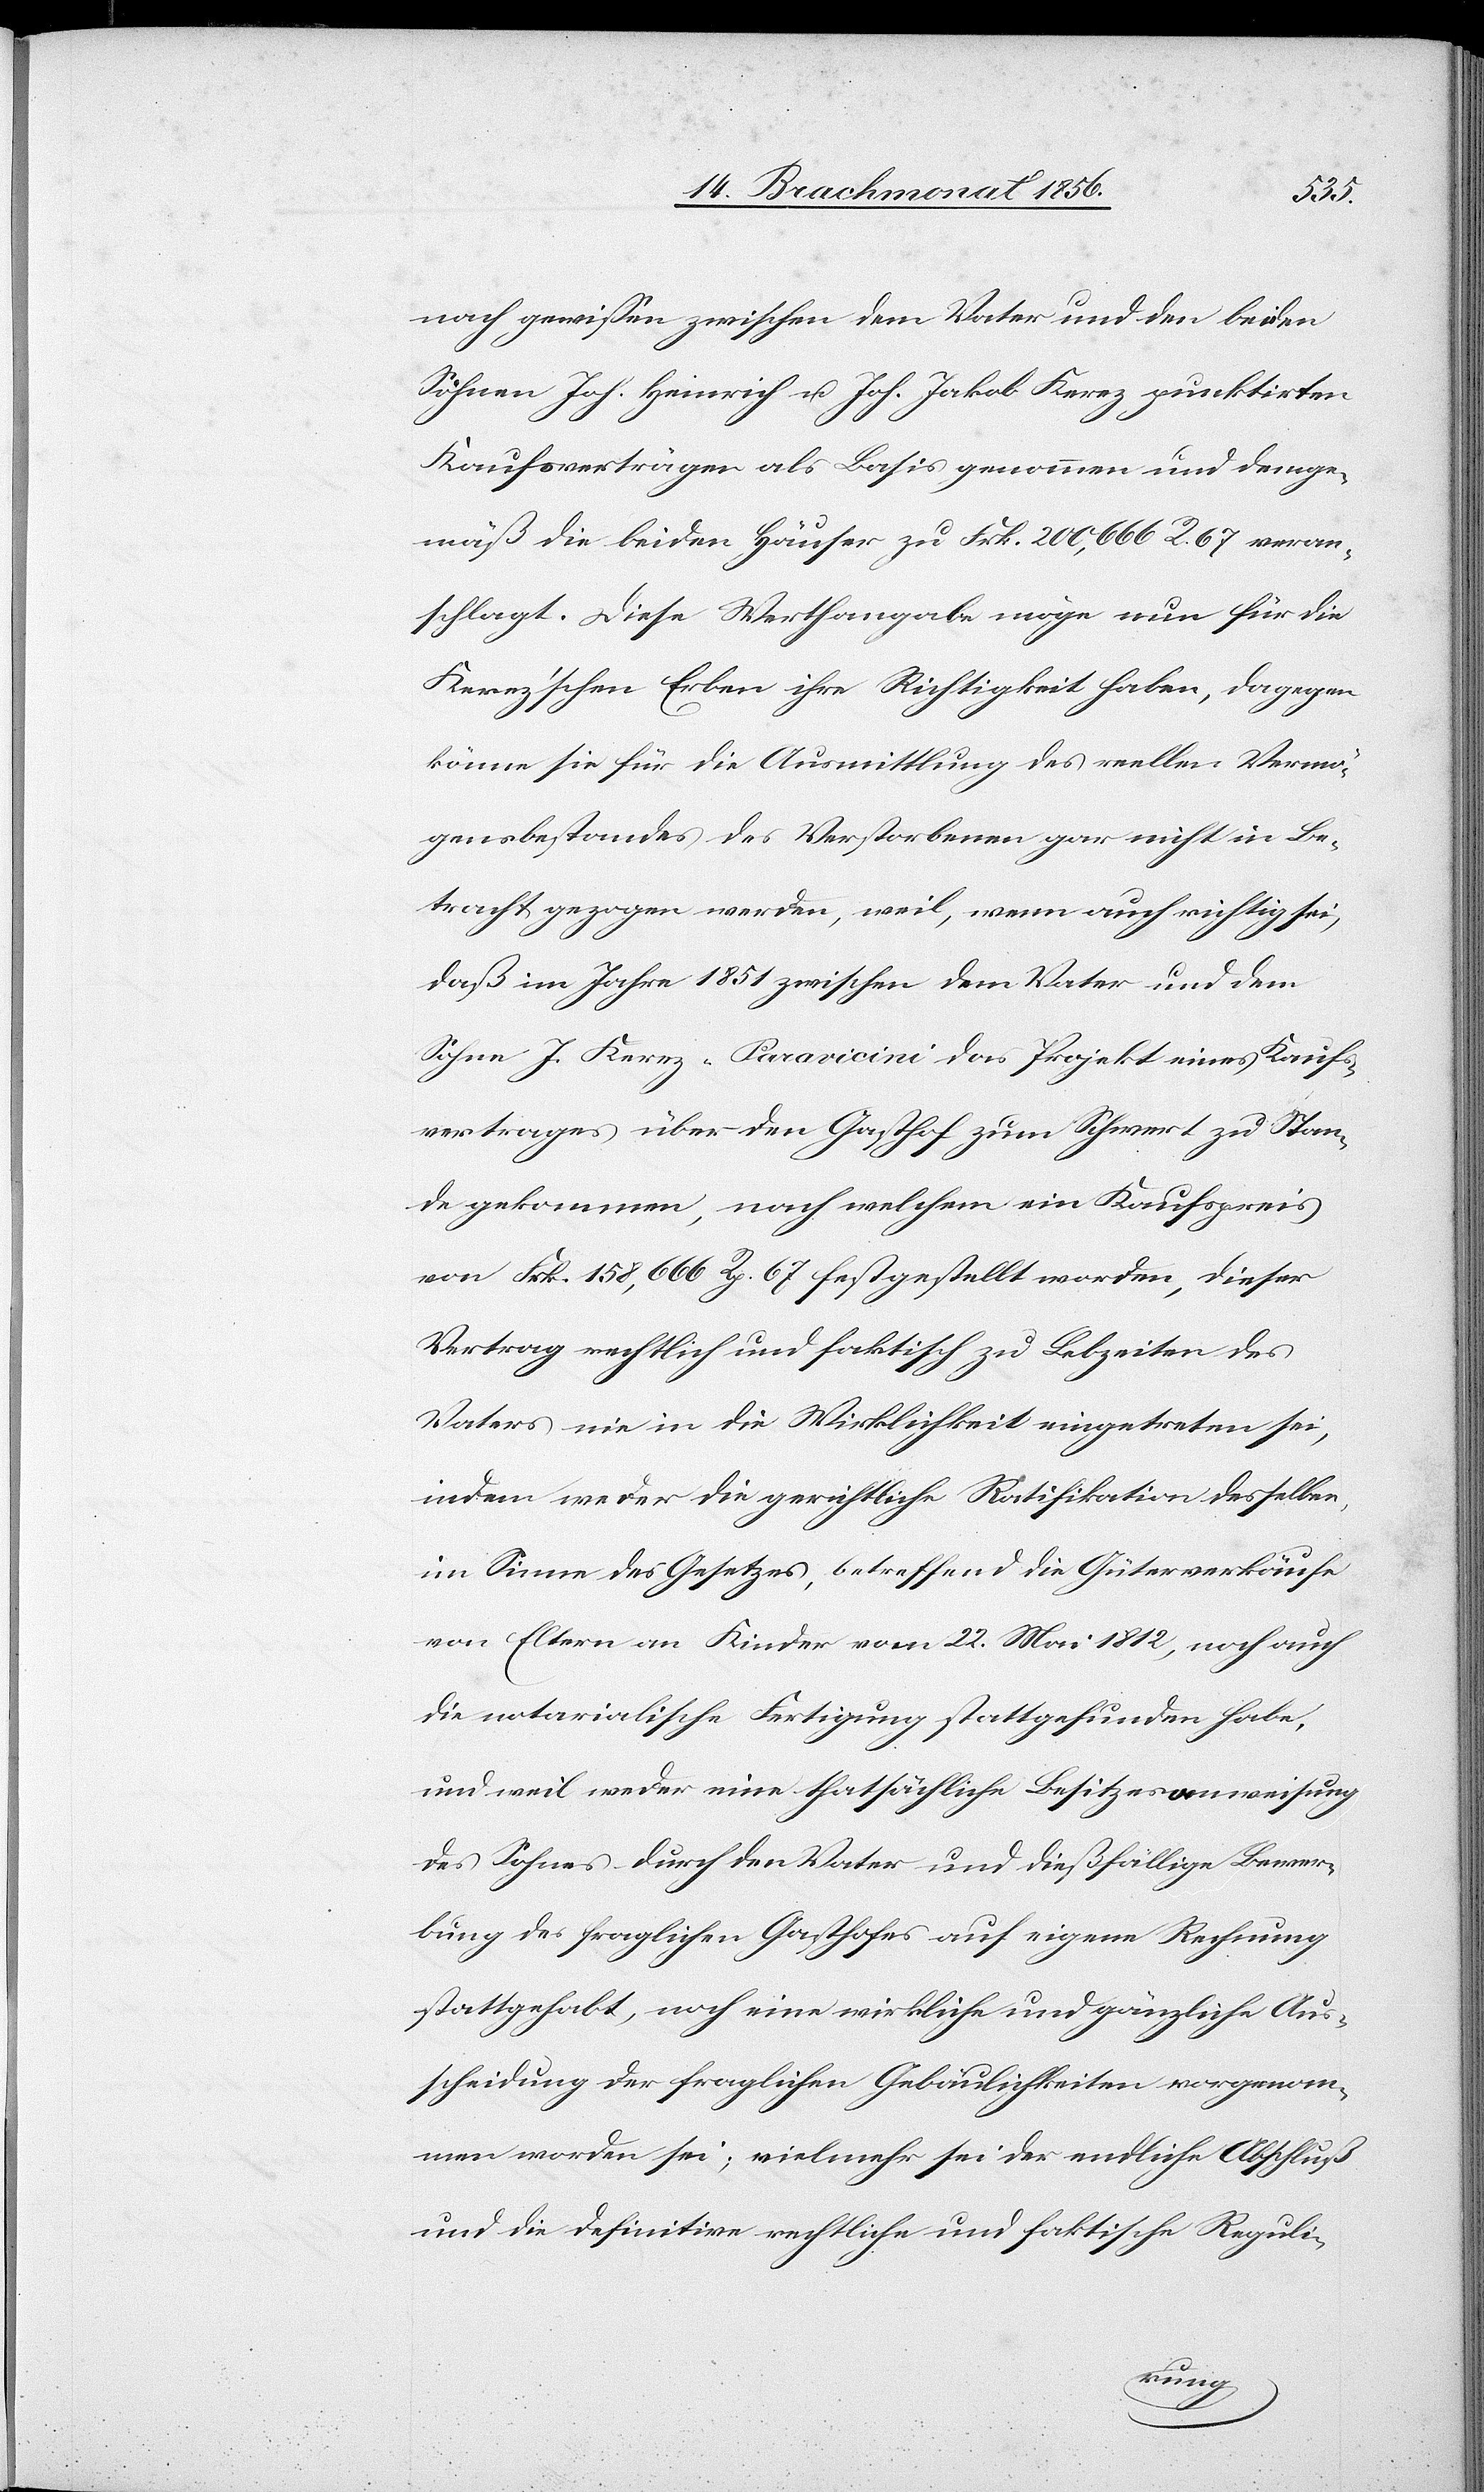
nach gewissen zwischen dem Vater und den beiden
Söhnen Joh. Heinrich u. Joh. Jakob Kerez punktirten
Kaufsverträgen als Basis genommen und demge¬
mäß die beiden Häuser zu Frk. 200,666 R. 67 veran¬
schlagt. Diese Werthangabe möge nun für die
Kerez'schen Erben ihre Richtigkeit haben, dagegen
könne sie für die Ausmittlung des reellen Vermö¬
gensbestandes des Verstorbenen gar nicht in Be¬
tracht gezogen werden, weil, wenn auch richtig sei,
daß im Jahre 1851 zwischen dem Vater und dem
Sohne J. Kerez-Paravicini das Projekt eines Kaufs¬
vertrages über den Gasthof zum Schwert zu Stan¬
de gekommen, nach welchem ein Kaufspreis
von Frk. 158,666 Rp. 67 festgestellt worden, dieser
Vertrag rechtlich und faktisch zu Lebzeiten des
Vaters nie in die Wirklichkeit eingetreten sei,
indem weder die gerichtliche Ratifikation desselben,
im Sinne des Gesetzes, betreffend die Güterverkäufe
von Eltern an Kinder vom 22. Mai 1812, noch auch
die notarialische Fertigung stattgefunden habe,
und weil weder eine thatsächliche Besitzeranweisung
des Sohnes durch den Vater und dießfällige Bewer¬
bung des fraglichen Gasthofes auf eigene Rechnung
stattgehabt, noch eine wirkliche und gänzliche Aus¬
scheidung der fraglichen Gebäulichkeiten vorgenom¬
men worden sei; vielmehr sei der endliche Abschluß
und die definitive rechtliche und faktische Reguli-